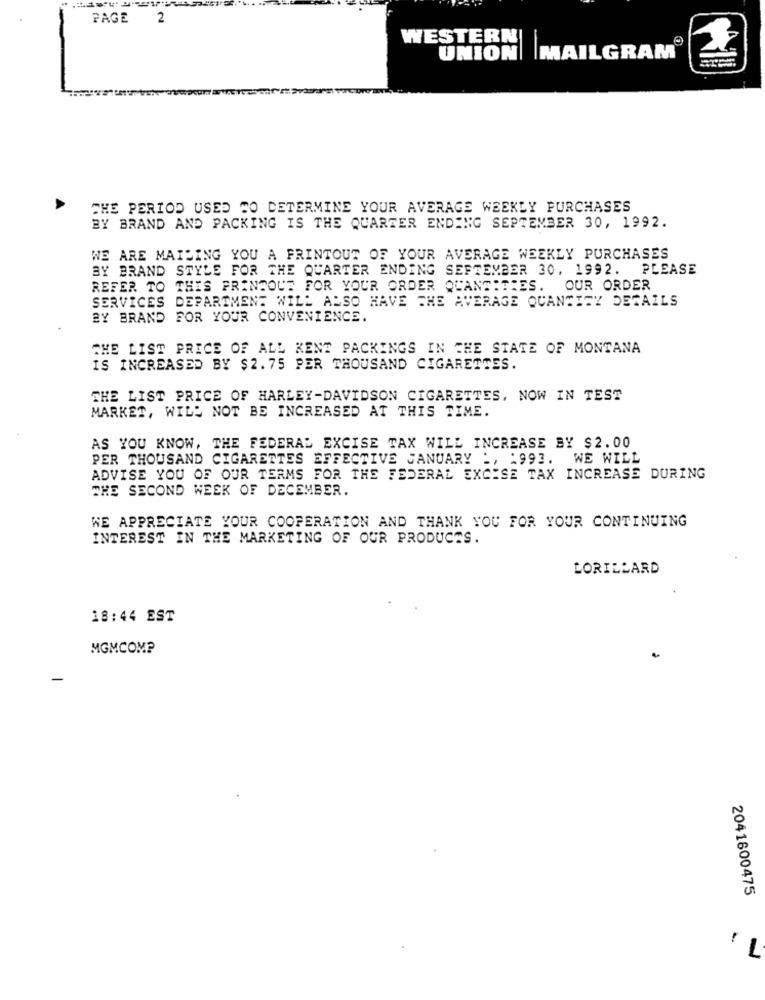
PAGE
2
WESTERN
UNION| |MAILGRAM
THE PERIOD USED TO DETERMINE YOUR AVERAGE WEEKLY PURCHASES
BY BRAND AND PACKING IS THE QUARTER ENDING SEPTEMBER 30, 1992.
WE ARE MAILING YOU A FRINTOUT OF YOUR AVERAGE WEEKLY PURCHASES
BY BRAND STYLE FOR THE QUARTER ENDING SEPTEMBER 30, 1992. PLEASE
REFER TO THIS PRINSOUT FOR YOUR ORDER QUANTITIES. OUR ORDER
SERVICES DEPARTMENT WILL ALSO HAVE THE AVERAGE QUANTITY DETAILS
BY BRAND FOR YOUR CONVENIENCE.
THE LIST PRICE OF ALL KENE PACKINGS IN THE STATE OF MONTANA
IS INCREASED BY $2.75 PER THOUSAND CIGARETTES.
THE LIST PRICE OF HARLEY-DAVIDSON CIGARETTES, NOW IN TEST
MARKET, WILL NOT BE INCREASED AT THIS TIME.
AS YOU KNOW, THE FEDERAL EXCISE TAX WILL INCREASE BY $2.00
PER THOUSAND CIGARETTES EFFECTIVE JANUARY ., 1993. WE WILL
ADVISE YOU OF OUR TERMS FOR THE FEDERAL EXCISE TAX INCREASE DURING
THE SECOND WEEK OF DECEMBER.
WE APPRECIATE YOUR COOPERATION AND THANK YOU FOR YOUR CONTINUING
INTEREST IN THE MARKETING OF OUR PRODUCTS.
LORILLARD
18:44 EST
MGMCOMP
-
2041800475
-